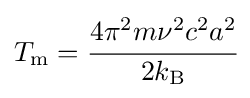
T_{\rm {m}}={\cfrac {4\pi ^{2}m\nu ^{2}c^{2}a^{2}}{2k_{\rm {B}}}}